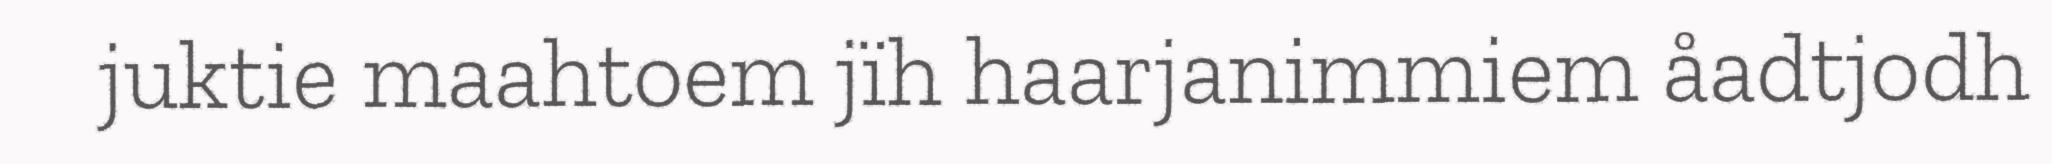
juktie maahtoem jïh haarjanimmiem åadtjodh